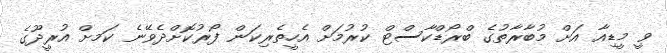
ވީ މީޑިއާ އަށް މުބާރާތުގެ ބްރޯޑްކާސްޓް ކުރުމަށް އެހީތެރިކަން ފޯރުކޮށްދެވޭނެ ކަމށް އުރީދޫގެ